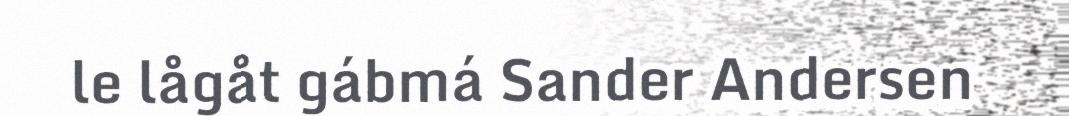
le lågåt gábmá Sander Andersen